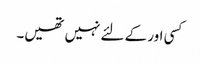
کسی اور کے لئے نہیں تھیں۔